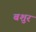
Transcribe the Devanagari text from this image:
बशुर